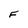
Character: F